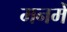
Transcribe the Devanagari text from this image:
मनमेँ